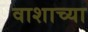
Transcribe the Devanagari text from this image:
वाशाच्या